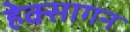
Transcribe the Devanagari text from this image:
हेक्सागन